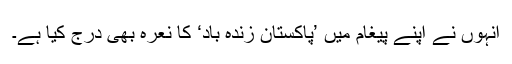
انہوں نے اپنے پیغام میں ’پاکستان زندہ باد‘ کا نعرہ بھی درج کیا ہے۔